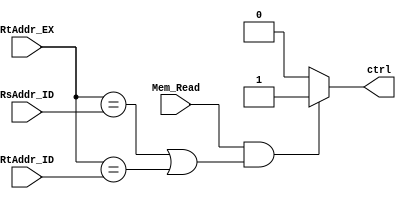
module HD_Unit(
    // Outputs
    output reg ctrl = 1'b0,
    // Inputs
    input wire Mem_Read,
    input wire [4:0] RtAddr_EX,
    input wire [4:0] RsAddr_ID,
    input wire [4:0] RtAddr_ID
);

    always @(*) begin
        if (Mem_Read && (RtAddr_EX == RsAddr_ID || RtAddr_EX == RtAddr_ID)) begin
            ctrl <= 1'b1;
        end
        else begin
            ctrl <= 1'b0;
        end
    end

endmodule